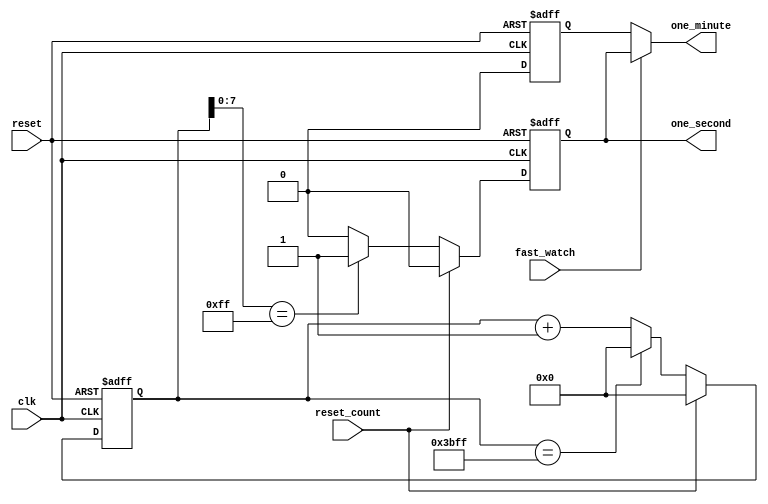
module aclk_timegen(clk,reset, reset_count, fast_watch,one_minute, one_second);
input clk, reset, reset_count, fast_watch;
output reg one_minute, one_second;
reg[13:0] count;
reg one_minute_reg;
always @(posedge clk or posedge reset)
begin
if(reset)
begin
count<=14'b0;
one_minute_reg<=0;
end
else if (reset_count)
begin
count<=14'b0;
one_minute_reg<=0;
end
else if(count[13:0]==14'd15359)
begin
count<=14'b0;
one_minute_reg<=0;
end
else 
begin
count<=count+1;
one_minute_reg<=0;
end
end

always @(posedge clk or posedge reset)
begin
if(reset)
begin
one_second<=1'b0;
end
else if (reset_count)
begin
one_second<=1'b0;
end
else if (count[7:0]==8'd255)
begin
one_second<=1'b1;
end
else
begin
one_second<=1'b0;
end
end

always @(*)
begin
if (fast_watch)
one_minute=one_second;
else
one_minute=one_minute_reg;
end

endmodule